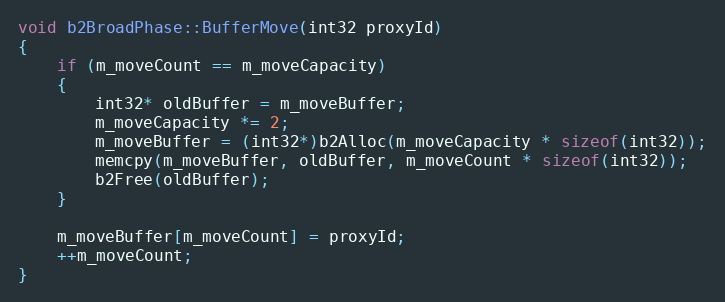
Language: C++
void b2BroadPhase::BufferMove(int32 proxyId)
{
	if (m_moveCount == m_moveCapacity)
	{
		int32* oldBuffer = m_moveBuffer;
		m_moveCapacity *= 2;
		m_moveBuffer = (int32*)b2Alloc(m_moveCapacity * sizeof(int32));
		memcpy(m_moveBuffer, oldBuffer, m_moveCount * sizeof(int32));
		b2Free(oldBuffer);
	}

	m_moveBuffer[m_moveCount] = proxyId;
	++m_moveCount;
}